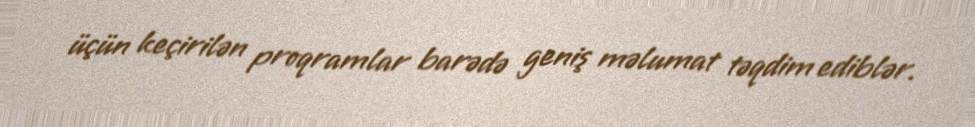
üçün keçirilən proqramlar barədə geniş məlumat təqdim ediblər.